Civil Veterinary Dept. Bombay admin report 1914-1922 - 1914-1922
Year: 1914
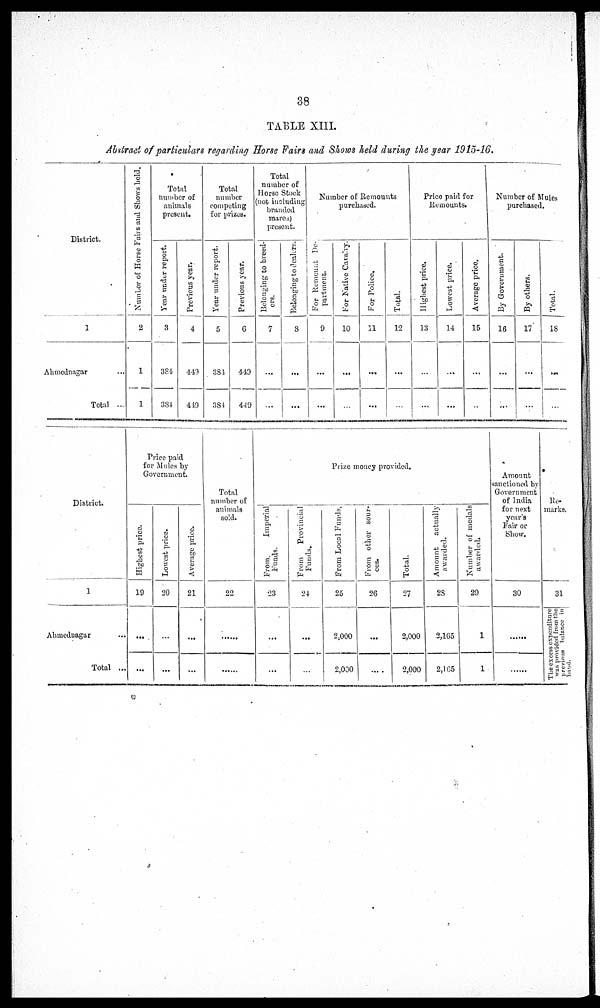
38
TABLE XIII.
Abstract of particulars regarding Horse Fairs and Shows held during the year 1915-16.
District.
1
Ahmednagar ...
Total ...
Number of Horse Fairs and Shows held.
2
1
1
Total
number of
animals
present.
Year under report.
3
384
384
Previous year.
4
449
449
Total
number
competing
for prizes.
Year under report.
5
384
384
Previous year.
6
449
449
Total
number of
Horse Stock
(not including
branded
mares)
present.
Belonging to breed¬
ers.
7
...
...
Belonging to dealers.
8
...
...
Number of Remounts
purchased.
For
Remount De¬
partment.
9
...
...
For Native Cavalry.
10
...
...
For Police.
11
...
...
Total.
12
...
...
Price paid for
Remounts.
Highest price.
13
...
...
Lowest price.
14
...
...
Average price.
15
...
...
Number of Mules
purchased.
By Government.
16
...
...
By others.
17
...
...
Total.
18
...
...
District.
1
Ahmednagar ...
Total ...
Price paid
for Mules by
Government.
Hi ghes t price.
19
...
...
Lowe s t price.
20
...
...
Ave r
a ge price.
21
...
...
Total
number of
animals
sold.
22
...
...
Prize money provided.
From.
Imperial
Funds.
23
...
...
From
Provincial
Funds.
24
...
...
From Local Funds.
25
2,000
2,000
From other sour-
ces.
26
...
...
Total.
27
2,000
2,000
Amount
actually
awarded.
28
2,165
2,165
Number of medals
awarded.
29
1
1
Amount
sanctioned by
Government
of India
for next
year's
Fair or
Show.
30
......
......
Re¬
marks.
31
The excess expenditure
was provided from the
previous balance in
hand.